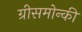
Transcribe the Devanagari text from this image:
ग्रीसमोन्की